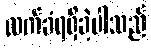
လက်ခံရရှိခဲ့ပါသည်